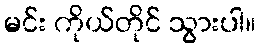
မင်း ကိုယ်တိုင် သွားပါ။